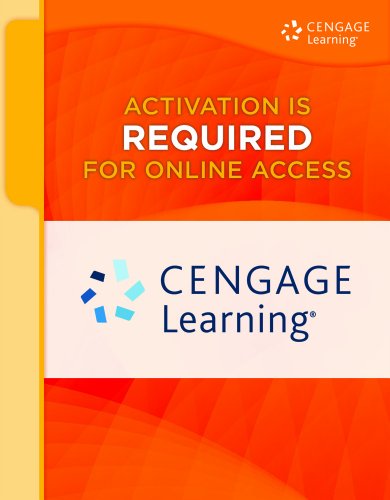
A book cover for SAM 2013 Assessment, Training, and Projects with MindTap Reader for Microsoft Office 2013: Introductory v3.0 Multi-Term Printed Access Card; Misty E. Vermaat; Computers & Technology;